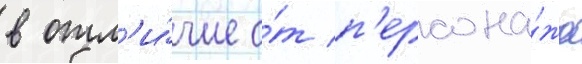
в отл'и́чие о́т п'ерсона́жа